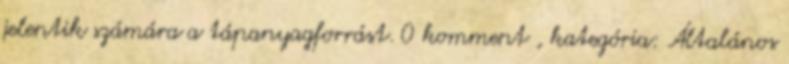
jelentik számára a tápanyagforrást. 0 komment , kategória: Általános